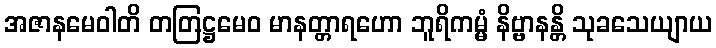
အဇာနမေဝါတိ တတြဋ္ဌမေဝ မာနတ္တာရဟော ဘူရိကမ္မံ နိဗ္ဗာနန္တိ သုခသေယျာယ